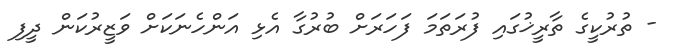
- ތުރުކީގެ ތާރީޚުގައި ފުރަތަމަ ފަަހަރަށް ބުރުގާ އެޅި އަންހެނަކަށް ވަޒީރުކަން ދީފި